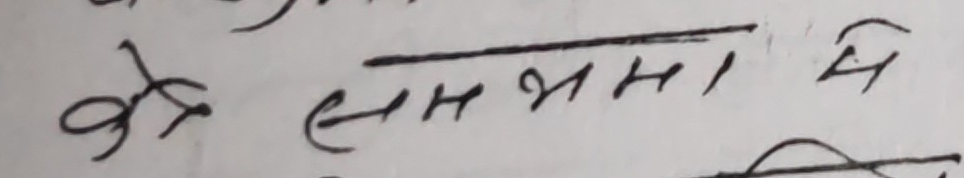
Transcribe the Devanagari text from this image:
के लमभमा १ मै